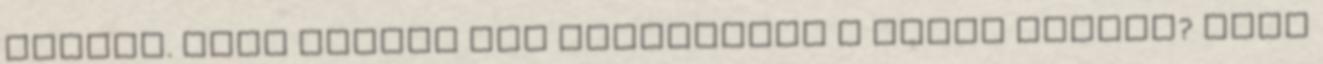
bennem. Vagy semmit nem gyanítanak a dolog mögött? Ford